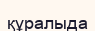
құралыда